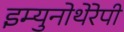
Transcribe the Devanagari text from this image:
इम्युनोथेरेपी